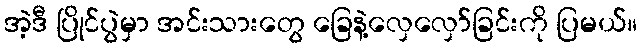
အဲ့ဒီ ပြိုင်ပွဲမှာ အင်းသားတွေ ခြေနဲ့လှေလှော်ခြင်းကို ပြမယ်။